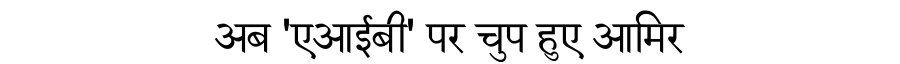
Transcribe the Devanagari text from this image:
अब 'एआईबी' पर चुप हुए आमिर